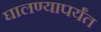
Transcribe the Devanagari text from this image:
घालण्यापर्यंत